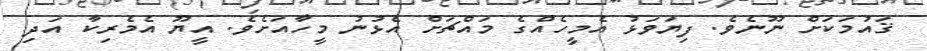
ޤައުމަކަށް ނޫނެވެ. ފިޔަވަޅު އެމީހެއްގެ މައްޗަށް އެޅުނު މީހާއަށެވެ. އީޔޫ އެމެރިކާ އަދި